Civil Veterinary Department Bengal reports 1923-33 - 1923-1933
Year: 1923
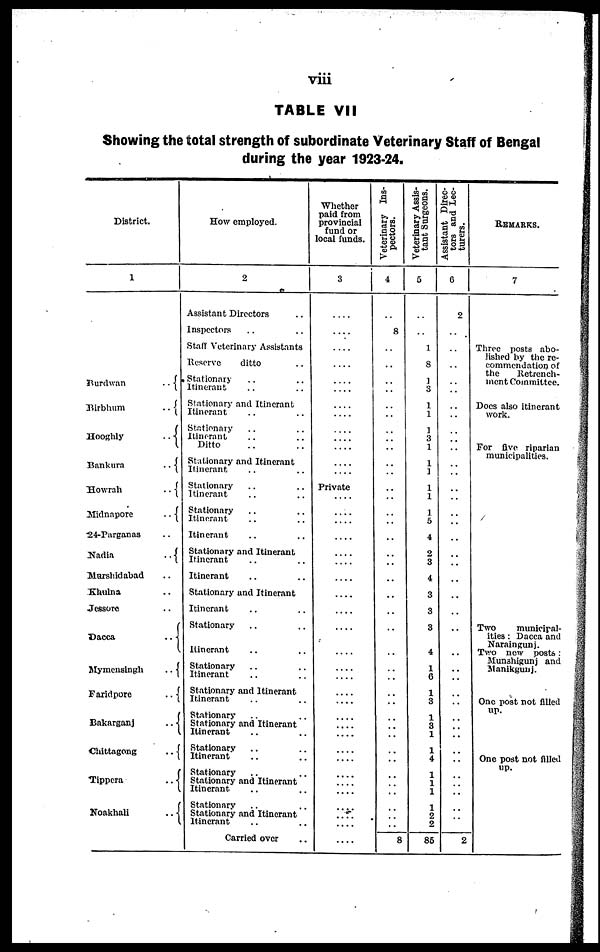
viii
TABLE VII
Showing the total strength of subordinate Veterinary Staff of Bengal
during the year 1923-24.
District.
1
Burdwan ..
Birbhum ..
Hooghly ..
Bankura ..
Howrah ..
Midnapore ..
24-Parganas ..
Nadia ..
Marshidabad ..
Khulna ..
Jessore ..
Dacca ..
Mymensingh ..
Faridpore ..
Bakarganj ..
Chittagong ..
Tippera ..
Noakhali ..
How employed.
2
Assistant Directors ..
Inspectors .. ..
Staff Veterinary Assistants
Reserve
ditto ..
Stationary .. ..
Itinerant .. ..
Stationary and Itinerant
Itinerant .. ..
Statienary .. ..
Itinerant .. ..
Ditto .. ..
Stationary and Itinerant
Itinerant .. ..
Stationary .. ..
Itinerant .. ..
Stationary .. ..
Itinerant .. ..
Itinerant .. ..
Stationary and Itinerant
Itinerant .. ..
Itinerant .. ..
Stationary and Itinerant
Itinerant .. ..
Stationary .. ..
Itinerant .. ..
Stationary .. ..
Itinerant .. ..
Stationary and Itinerant
Itinerant .. ..
Stationary .. ..
Stationary and Itinerant
Itinerant .. ..
Stationary .. ..
Itinerant .. ..
Stationary .. ..
Stationary and Itinerant
Itinerant .. ..
Stationary .. ..
Stationary and Itinerant
Itinerant .. ..
Carried over ..
Whether
paid from
provincial
fund or
local funds.
3
....
....
....
....
....
.... ....
....
....
....
....
....
Private
....
....
....
....
....
....
....
....
....
....
....
....
.... ....
....
.... ....
....
....
....
....
....
....
....
....
....
....
Veterinary Ins-
pectors.
4
..
8
..
..
..
.. ..
..
..
..
..
..
..
..
..
..
..
..
..
..
..
..
..
..
..
..
.. ..
..
.. ..
..
..
..
..
..
..
..
..
..
8
Veterinary Assis-
tant Surgeons.
5
..
..
1
8
1
3
1
1
1
3
1
1
1
1
1
1
5
4
2
3
4
3
3
3
4
1
6
1
3
1
3
1
1
4
1
1
1
1
2
2
86
Assistant Direc-
tors and Lec-
turers.
6
2
..
..
..
..
.. ..
..
..
..
..
..
..
..
..
..
..
..
..
..
..
..
..
..
..
..
.. ..
..
.. ..
..
..
..
..
..
..
..
..
2
REMARKS.
7
Three posts abo-
lished by the re-
commendation of
the
Retrench-
ment Committee.
Docs also itinerant
work.
For five riparian
municipalities.
Two
municipal-
ities : Dacca and
Naraingunj.
Two new posts:
Munshigunj and
Manikgunj.
One post not filled
up.
One post not filled
up.